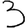
Digit: 3